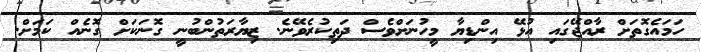
ހަމައެގޮތަށް ރާއްޖޭގައި އުޅޭ އިންޑިޔާ މީހުނަށްވެސް ދަތިކުރެވޭނެ. ޒިޔާރަތުންބުނީ ގޮނަކަށް ގޮނެއް ކަމަށް.